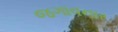
જગાવનાર